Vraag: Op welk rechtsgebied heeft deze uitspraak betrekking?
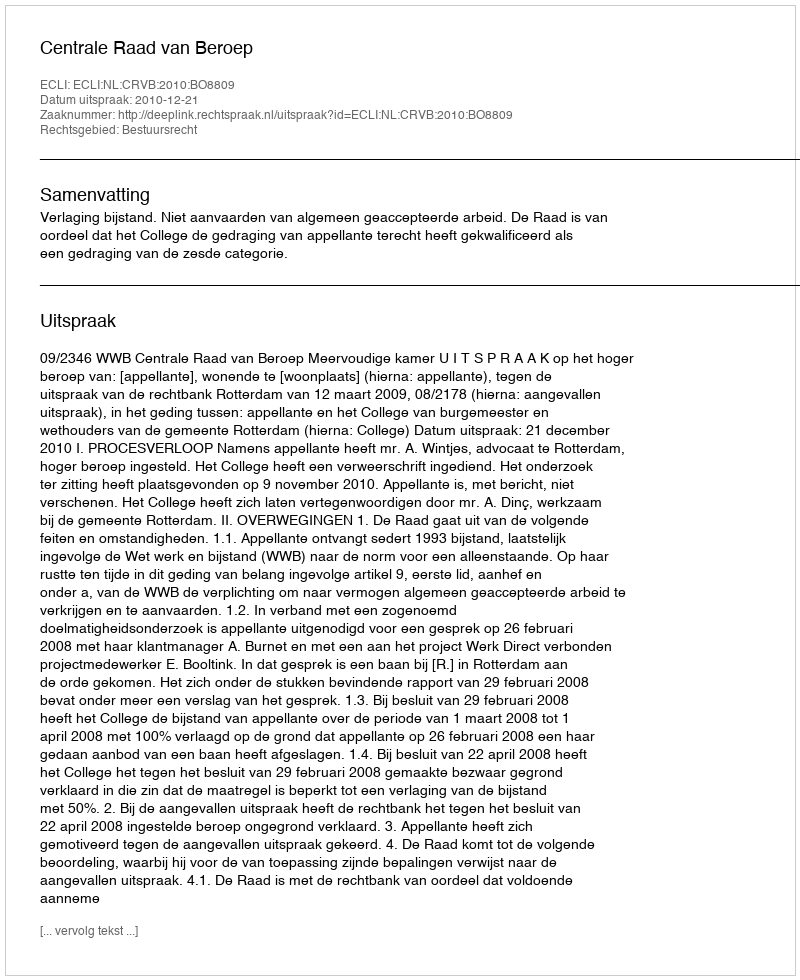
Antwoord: Bestuursrecht